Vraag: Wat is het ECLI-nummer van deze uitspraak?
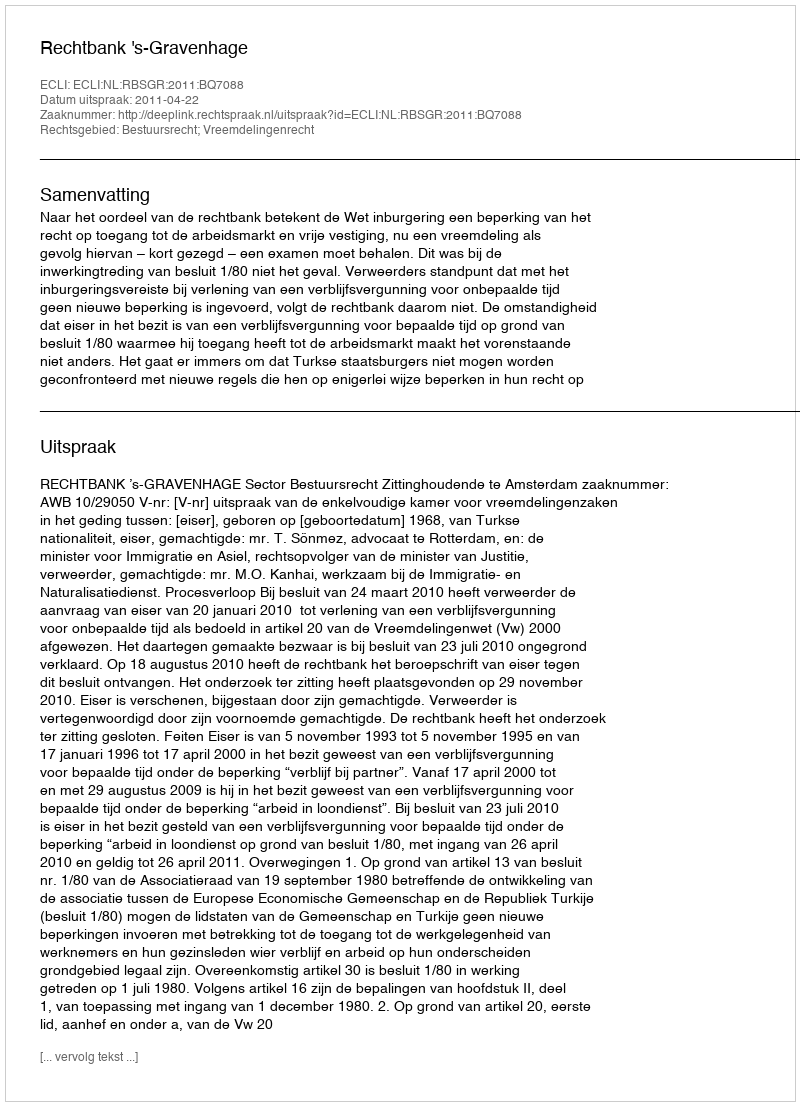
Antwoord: ECLI:NL:RBSGR:2011:BQ7088